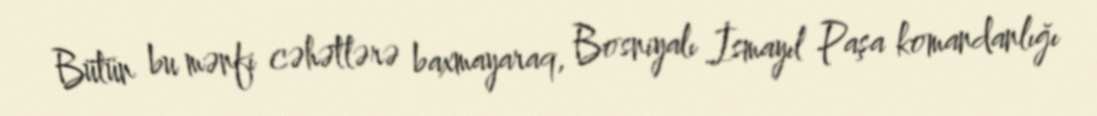
Bütün bu mənfi cəhətlərə baxmayaraq, Bosniyalı İsmayıl Paşa komandanlığı